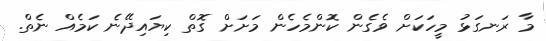
މާ ރަނގަޅު މީހަކަށް ވެގެން ކޮންމެހެން މަށަށް ގޮތް ކިޔައިދޭނެ ކަމެއް ނެތް.